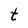
Character: t